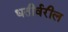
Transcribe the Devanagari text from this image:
धतीर्वरील